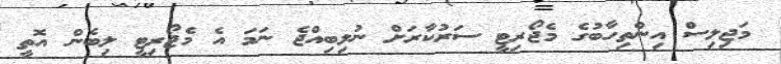
މަޖިލިސް އިންތިހާބުގެ މެޖޯރިޓީ ސަރުކާރަށް ނުލިބިއްޖެ ނަމަ އެ މެޖޯރިޓީ ލިބެން އޮތީ